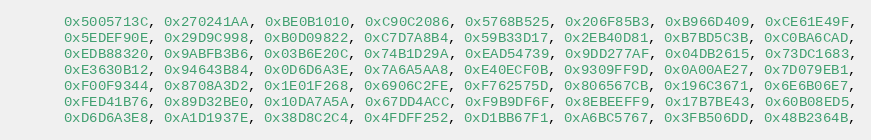
Language: C
      0x5005713C, 0x270241AA, 0xBE0B1010, 0xC90C2086, 0x5768B525, 0x206F85B3, 0xB966D409, 0xCE61E49F,
      0x5EDEF90E, 0x29D9C998, 0xB0D09822, 0xC7D7A8B4, 0x59B33D17, 0x2EB40D81, 0xB7BD5C3B, 0xC0BA6CAD,
      0xEDB88320, 0x9ABFB3B6, 0x03B6E20C, 0x74B1D29A, 0xEAD54739, 0x9DD277AF, 0x04DB2615, 0x73DC1683,
      0xE3630B12, 0x94643B84, 0x0D6D6A3E, 0x7A6A5AA8, 0xE40ECF0B, 0x9309FF9D, 0x0A00AE27, 0x7D079EB1,
      0xF00F9344, 0x8708A3D2, 0x1E01F268, 0x6906C2FE, 0xF762575D, 0x806567CB, 0x196C3671, 0x6E6B06E7,
      0xFED41B76, 0x89D32BE0, 0x10DA7A5A, 0x67DD4ACC, 0xF9B9DF6F, 0x8EBEEFF9, 0x17B7BE43, 0x60B08ED5,
      0xD6D6A3E8, 0xA1D1937E, 0x38D8C2C4, 0x4FDFF252, 0xD1BB67F1, 0xA6BC5767, 0x3FB506DD, 0x48B2364B,